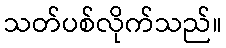
သတ်ပစ်လိုက်သည်။